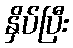
နှိပ်ပြီး